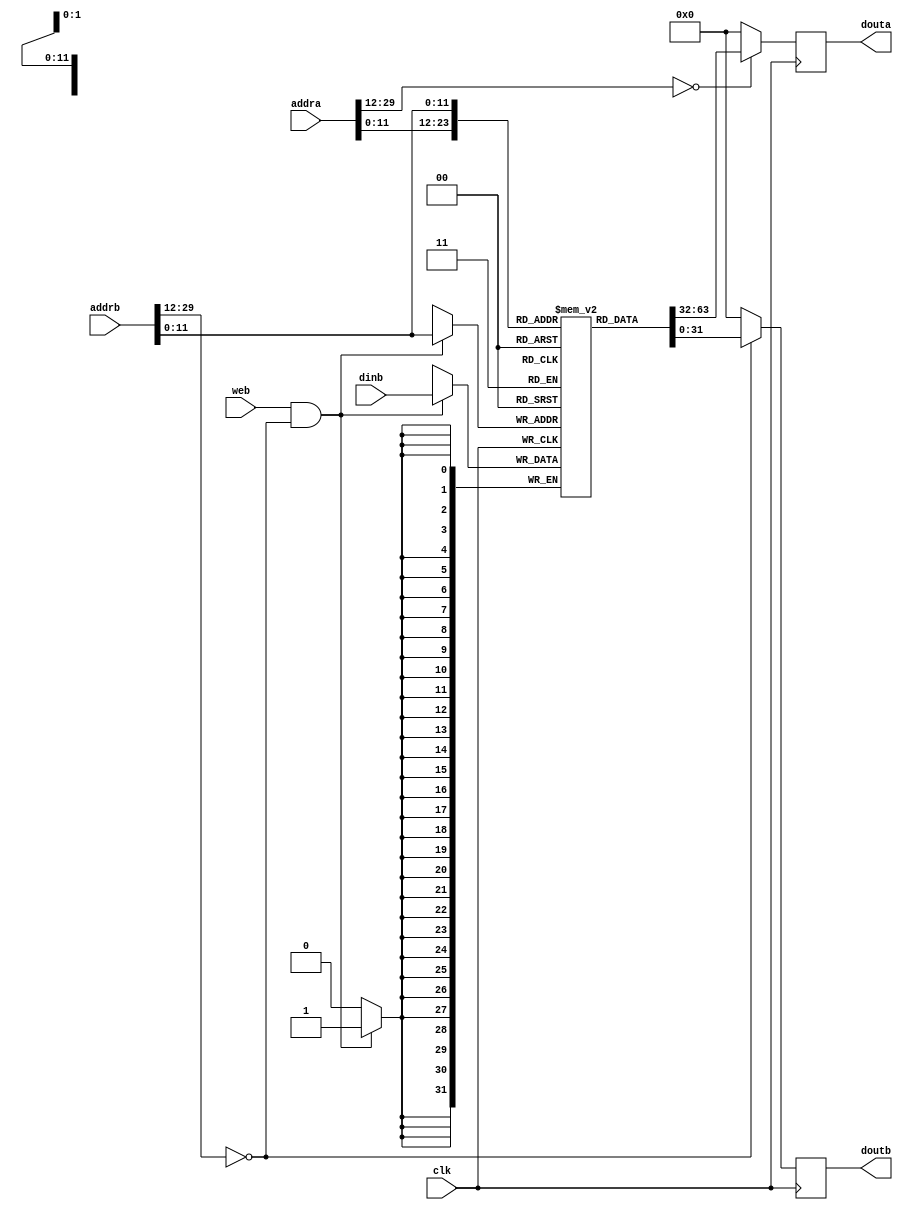
// This program was cloned from: https://github.com/Summer-Summer/ComputerArchitectureLab
// License: MIT License

`timescale 1ns / 1ps
//////////////////////////////////////////////////////////////////////////////////
// Company: USTC ESLAB
// 
// Design Name: RISCV-Pipline CPU
// Module Name: InstructionRamWrapper
// Target Devices: Nexys4
// Tool Versions: Vivado 2017.4.1
// Description: a Verilog-based ram which can be systhesis as BRAM
// 
//////////////////////////////////////////////////////////////////////////////////
module InstructionRam(
    input  clk,
    input  web,
    input  [31:2] addra, addrb,
    input  [31:0] dinb,
    output reg [31:0] douta, doutb
);
initial begin douta=0; doutb=0; end

wire addra_valid = ( addra[31:14]==18'h0 );
wire addrb_valid = ( addrb[31:14]==18'h0 );
wire [11:0] addral = addra[13:2];
wire [11:0] addrbl = addrb[13:2];

reg [31:0] ram_cell [0:4095];

initial begin    // you can add simulation instructions here
    ram_cell[0] = 32'h00000000;
        // ......
end

always @ (posedge clk)
    douta <= addra_valid ? ram_cell[addral] : 0;
    
always @ (posedge clk)
    doutb <= addrb_valid ? ram_cell[addrbl] : 0;

always @ (posedge clk)
    if(web & addrb_valid) 
        ram_cell[addrbl] <= dinb;

endmodule

//
    //bramabdebug_module
    //1bitbyte write
//
    //clk               
    //addra             a
    //addrb             b
    //dinb              b
    //web               b
//
    //douta             a
    //doutb             b
//  
    //